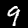
Label: 9